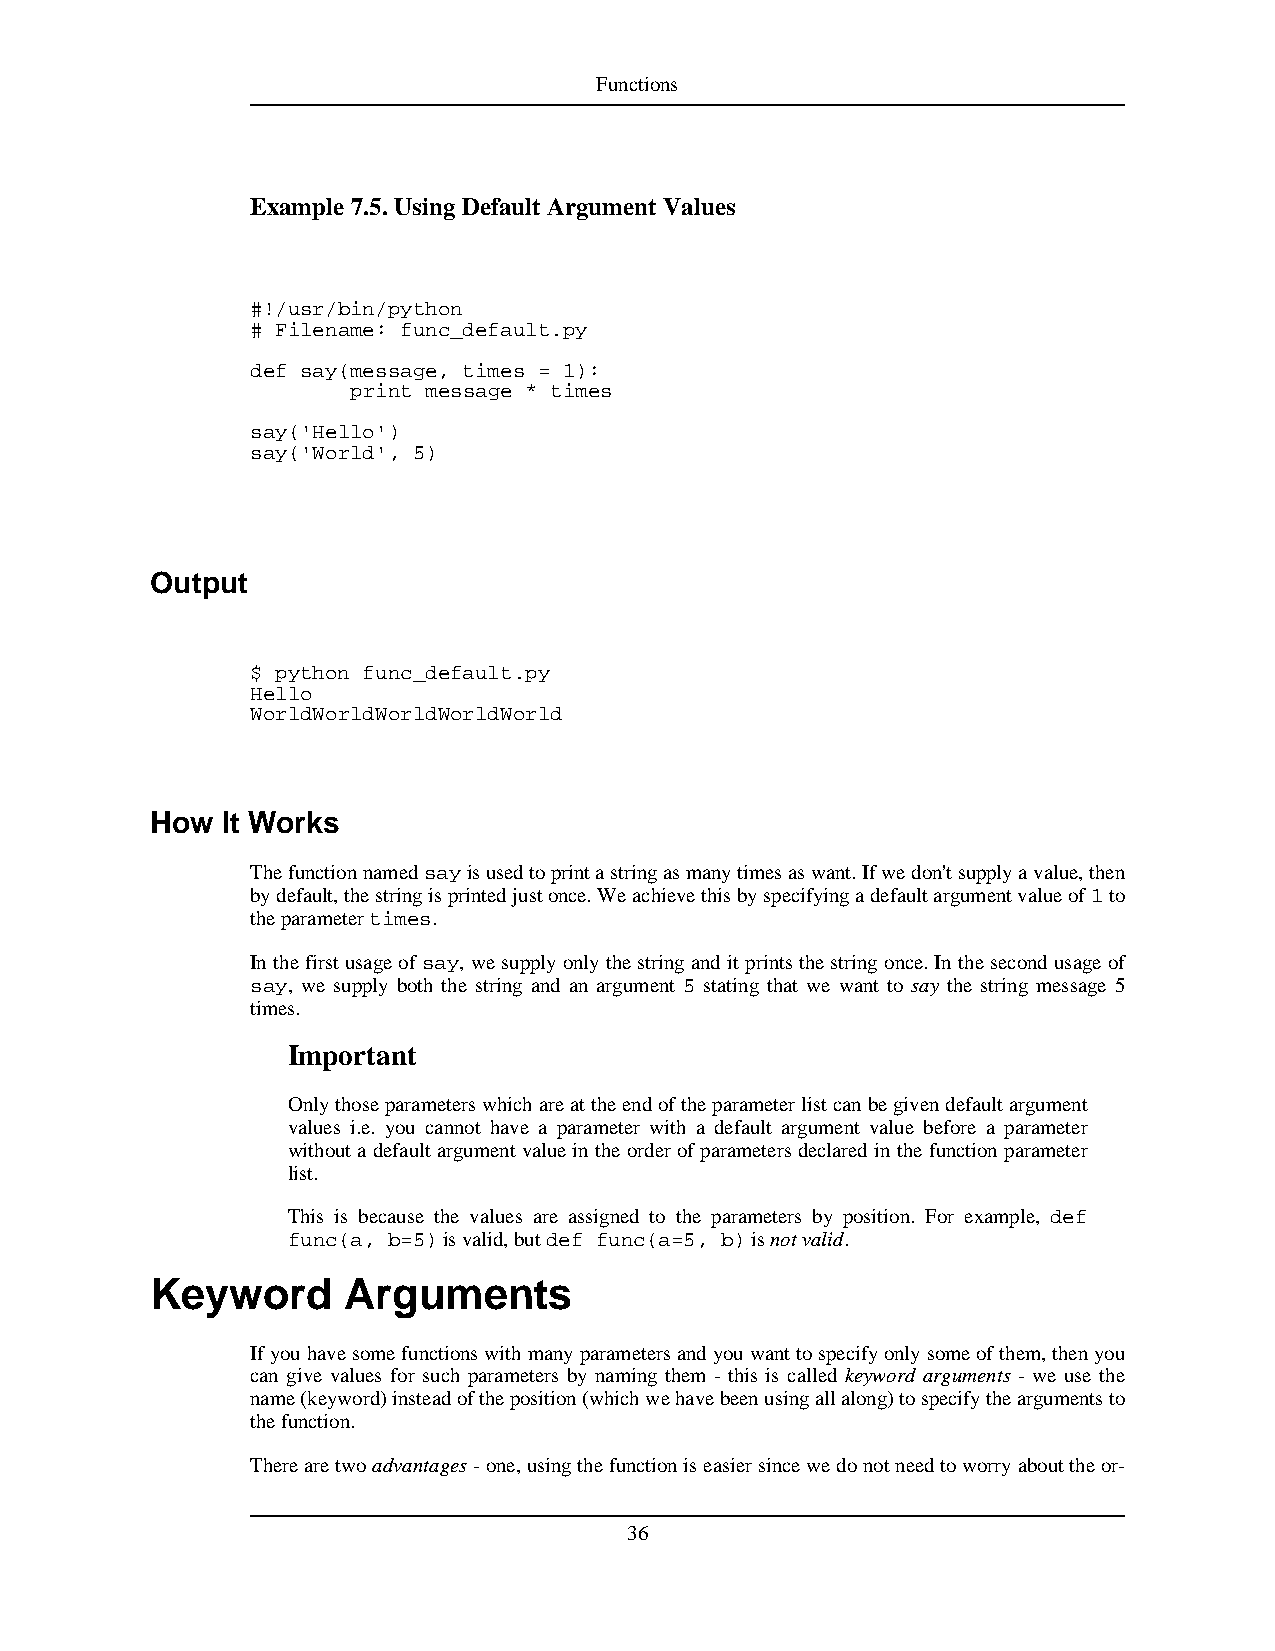
Functions
 Example 7.5.UsingDefaultArgument Values
 #!/usr/bin/python
 # Filename: func_default.py
 def say(message, times = 1):
 print message * times
 say('Hello')
 say('World', 5)
 Output
 $ python func_default.py
 Hello
 WorldWorldWorldWorldWorld
 How  It Works
 Thefunctionnamedsayisusedtoprintastringasmanytimesaswant.Ifwedon'tsupplyavalue,then
 bydefault,thestringisprintedjustonce.Weachievethisbyspecifyingadefaultargumentvalueof1to
 theparametertimes.
 Inthefirstusageofsay,wesupplyonlythestringanditprintsthestringonce.Inthesecondusageof
 say, we supply both the string and an argument 5 stating that we want to say the string message 5
 times.
 Important
 Onlythoseparameterswhichareattheendoftheparameterlistcanbegivendefaultargument
 values i.e. you cannot have a parameter with a default argument value before a parameter
 withoutadefaultargumentvalueintheorderofparametersdeclaredinthefunctionparameter
 list.
 This is because the values are assigned to the parameters by position. For example, def
 func(a, b=5)isvalid,butdef func(a=5, b)isnotvalid.
 Keyword      Arguments
 Ifyouhavesomefunctionswithmanyparametersandyouwanttospecifyonlysomeofthem,thenyou
 can give values for such parameters by naming them - this is called keyword arguments - we use the
 name(keyword)insteadoftheposition(whichwehavebeenusingallalong)tospecifytheargumentsto
 thefunction.
 Therearetwoadvantages-one,usingthefunctioniseasiersincewedonotneedtoworryabouttheor-
 36